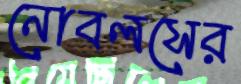
নোবলসের